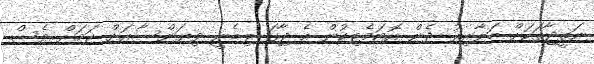
ނަތީޖާތަކަށް ބަލާއިރު ދެން އޮޓަމެޓިކުން އެ ޖާގަ ލިބެނީ ވިޔަންސާއަށް ކަމަށް ވެސް